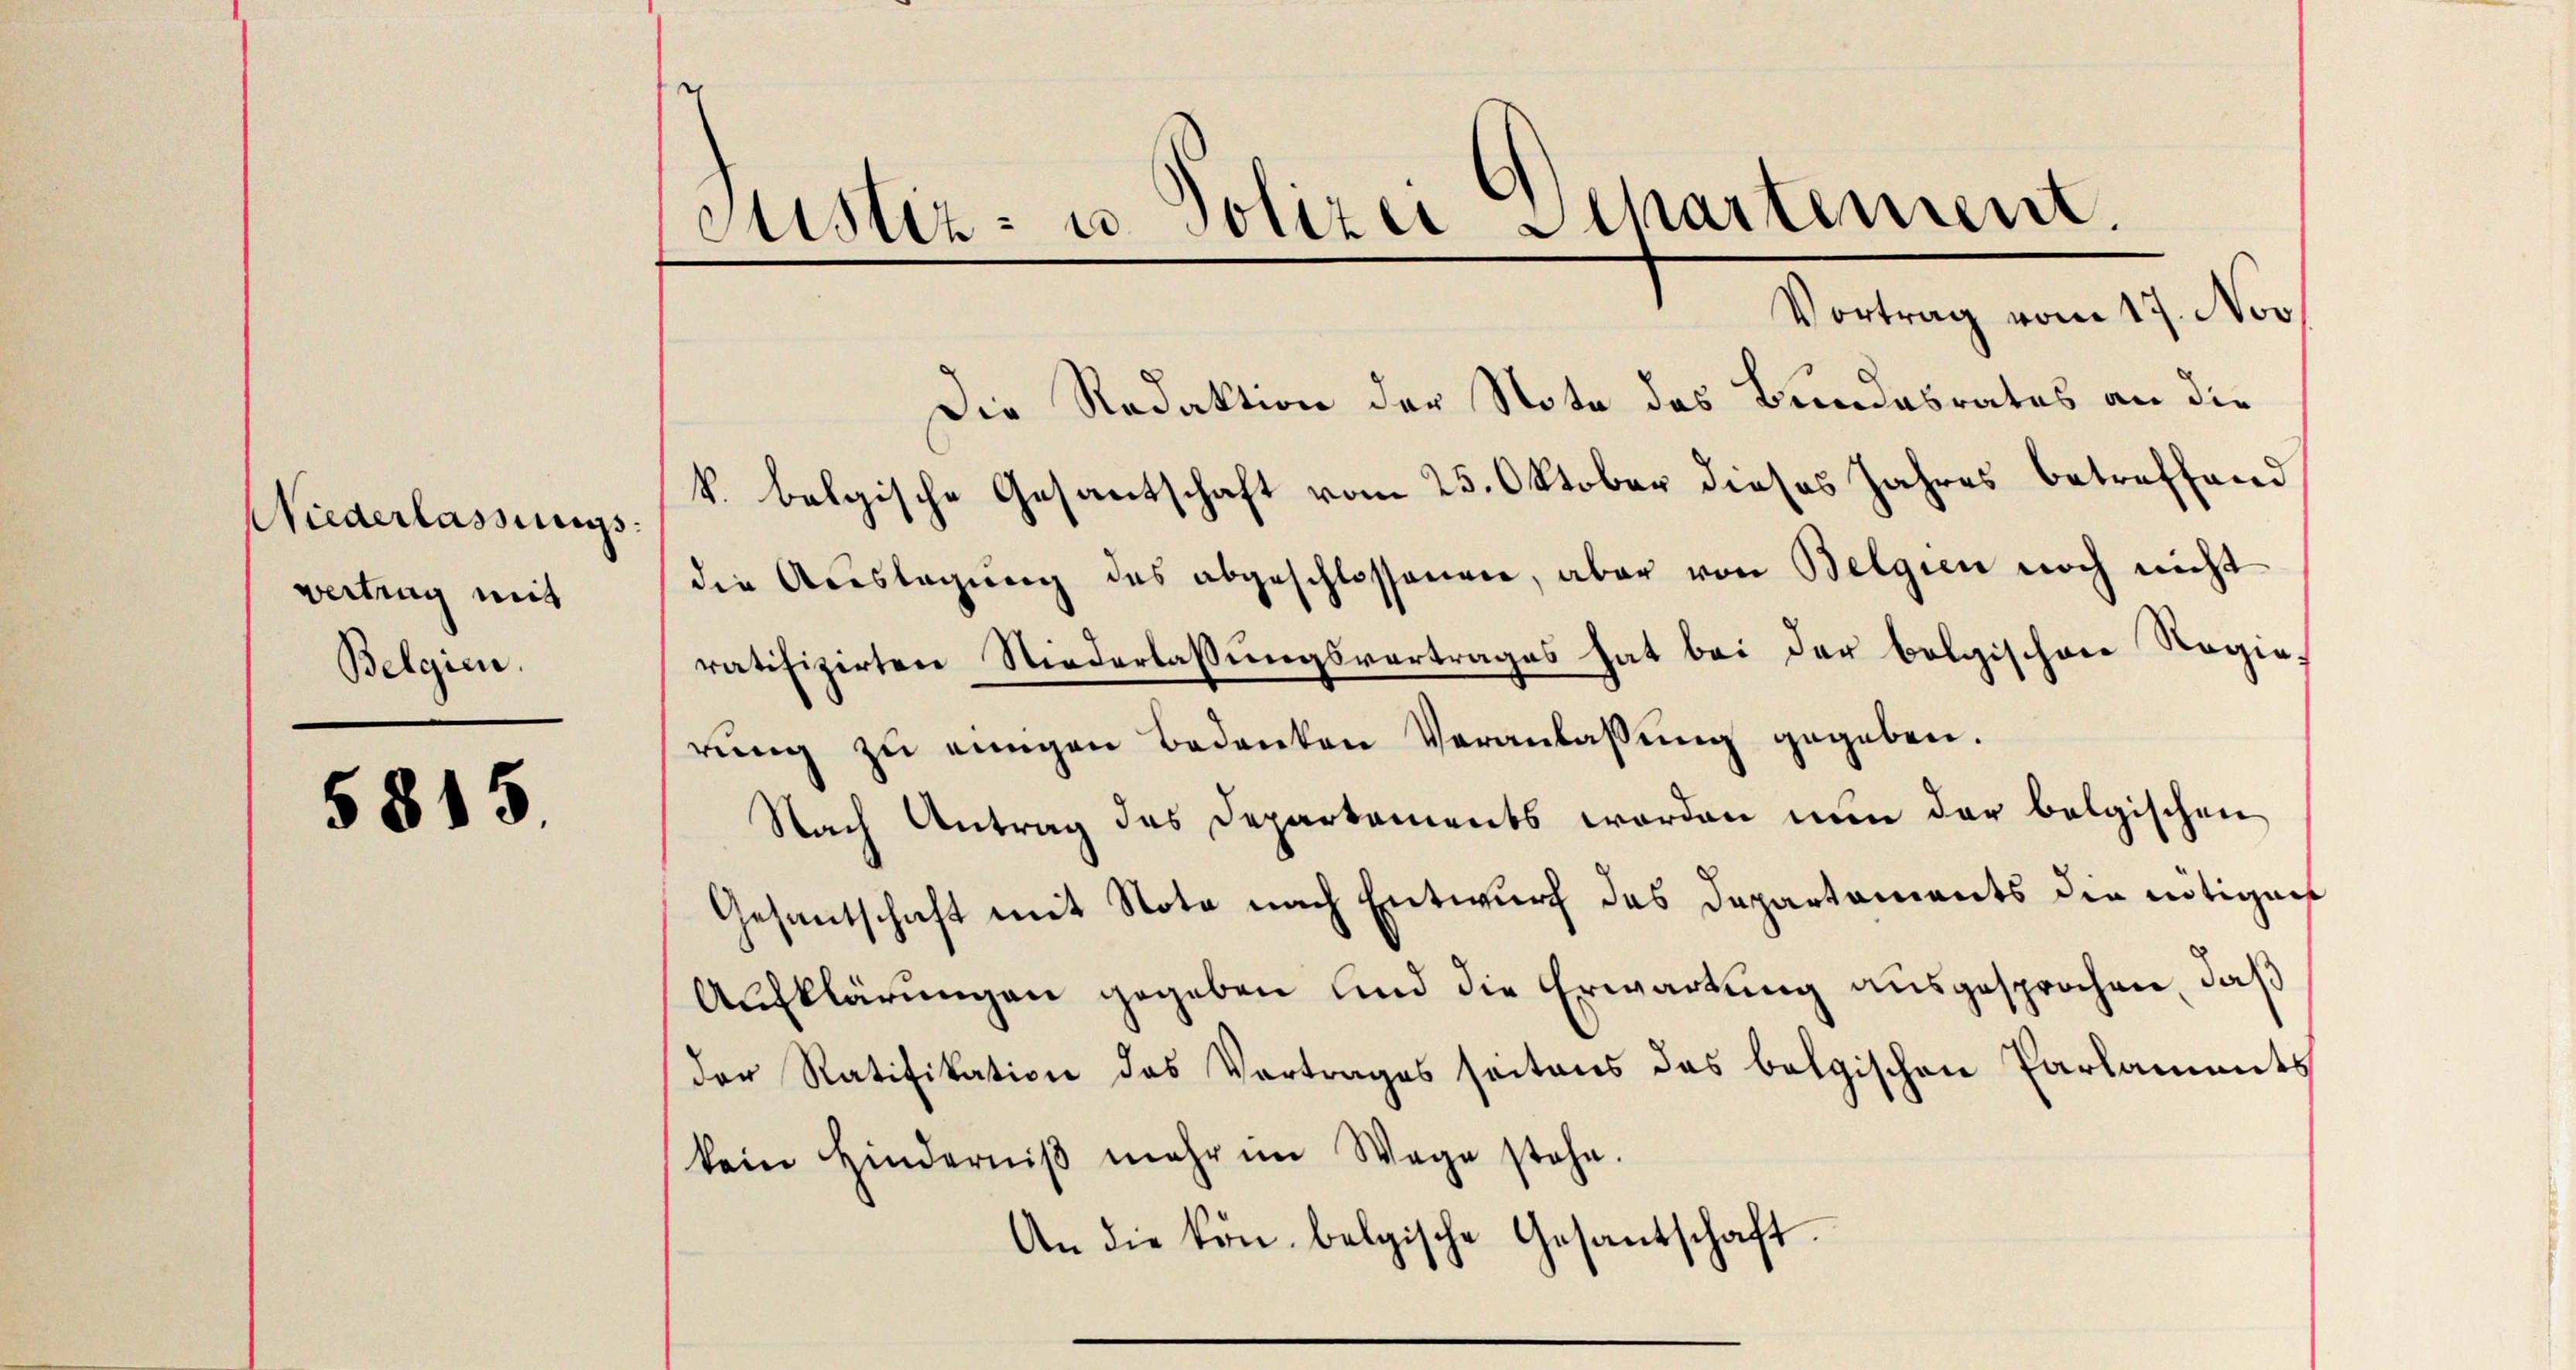
Justiz- u. Polizei Departement.
Vortrag vom 17. Nov.
Die Redaktion der Note des Bundesrates an die
k. belgische Gesantschaft vom 25. Oktober dieses Jahres betreffend
Niederlassungs
die Aŭslagŭng des abgeschlossenen, aber von Belgien noch nicht
vertrag mit
ratifizirten Niederlassŭngsvertrages hat bei der belgischen Regie¬
Belgien.
rŭng zu einigen Bedenken Veranlassung gegeben.
5815
Nach Antrag des Departements worden nŭn der belgischen
Gesantschaft mit Nota nach Entwurf des Departaments die nötigers
Aufklärungen gegeben und die Erwartung ausgesprochen, daß

der Ratifikation des Vortrages seitens des belgischen Parlaments
kein Hinderniβ mehr im Wege stehe.
An die kön. belgische Gesantschaft.